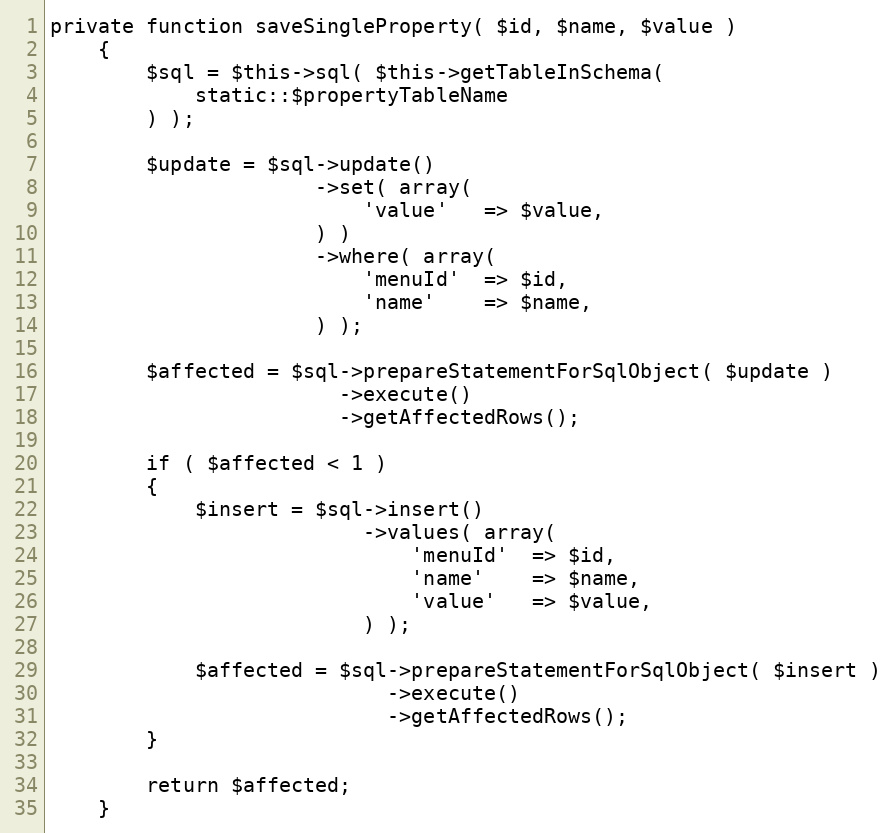
Language: PHP
private function saveSingleProperty( $id, $name, $value )
    {
        $sql = $this->sql( $this->getTableInSchema(
            static::$propertyTableName
        ) );

        $update = $sql->update()
                      ->set( array(
                          'value'   => $value,
                      ) )
                      ->where( array(
                          'menuId'  => $id,
                          'name'    => $name,
                      ) );

        $affected = $sql->prepareStatementForSqlObject( $update )
                        ->execute()
                        ->getAffectedRows();

        if ( $affected < 1 )
        {
            $insert = $sql->insert()
                          ->values( array(
                              'menuId'  => $id,
                              'name'    => $name,
                              'value'   => $value,
                          ) );

            $affected = $sql->prepareStatementForSqlObject( $insert )
                            ->execute()
                            ->getAffectedRows();
        }

        return $affected;
    }